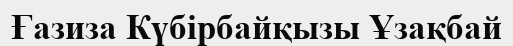
Ғазиза Күбірбайқызы Ұзақбай